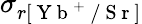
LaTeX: \sigma_{r[\mathrm{~Y~b~}^{+}\mathrm{~/~S~r~}]}